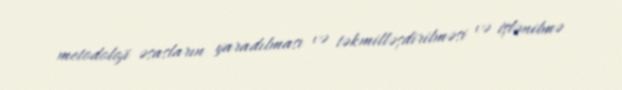
metodoloji əsasların yaradılması və təkmilləşdirilməsi və işlənilmə